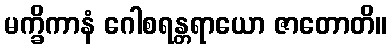
မက္ခိကာနံ ဂေါစရန္တရာယော ဇာတောတိ။